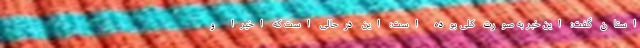
استان گفت: این خبر به صورت کلی بوده است؛ این درحالی است که اخیرا و